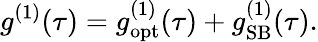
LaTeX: g^{(1)}(\tau)=g_{\mathrm{opt}}^{(1)}(\tau)+g_{\mathrm{SB}}^{(1)}(\tau).